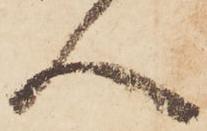
人